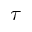
\tau